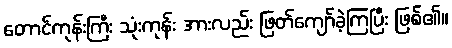
တောင်ကုန်းကြီး သုံးကုန်း အားလည်း ဖြတ်ကျော်ခဲ့ကြပြီး ဖြစ်၏။